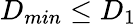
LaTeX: D_{min}\leq D_{1}